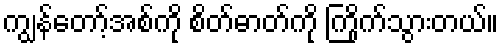
ကျွန်တော့်အစ်ကို စိတ်ဓာတ်ကို ကြိုက်သွားတယ်။